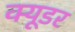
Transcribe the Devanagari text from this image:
क्यूडर